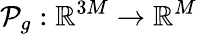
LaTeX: \mathcal{P}_{g}:\mathbb{R}^{3M}\to\mathbb{R}^{M}